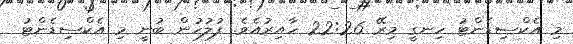
މި އެކްސިޑެންޓު ހިނގީ މިރޭ 22:26 ހާއިރުއެވެ. ފުލުހުން ބުނީ މި އެކްސިޑެންޓު